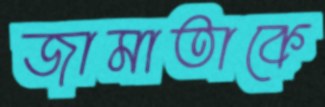
জামাতাকে